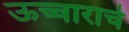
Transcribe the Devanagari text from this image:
ऊच्चाराचे